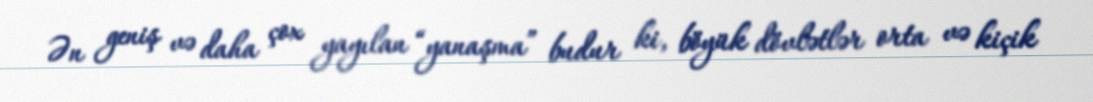
Ən geniş və daha çox yayılan “yanaşma” budur ki, böyük dövlətlər orta və kiçik